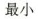
最小